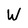
Character: W